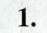
1.